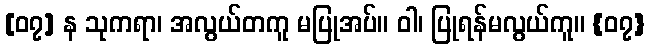
[၀၇] န သုကရာ၊ အလွယ်တကူ မပြုအပ်။ ဝါ၊ ပြုရန်မလွယ်ကူ။ {၀၇}